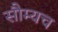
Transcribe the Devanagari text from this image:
सौम्यच